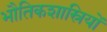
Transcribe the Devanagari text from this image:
भौतिकशास्रियों